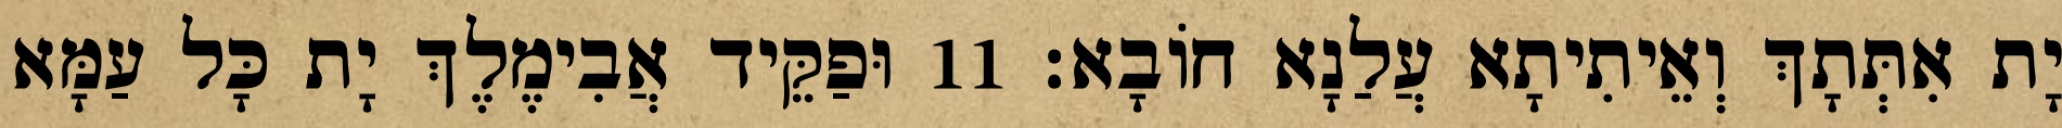
יָת אִתְּתָךְ וְאֵיתִיתָא עֲלַנָא חוֹבָא׃ 11 וּפַקֵּיד אֲבִימֶלֶךְ יָת כָּל עַמָּא